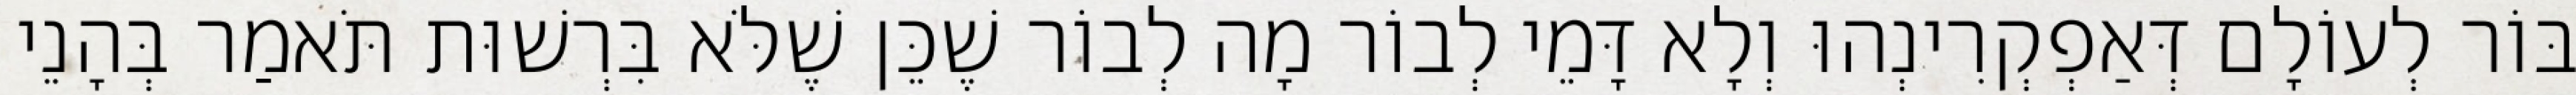
בּוֹר לְעוֹלָם דְּאַפְקְרִינְהוּ וְלָא דָּמֵי לְבוֹר מָה לְבוֹר שֶׁכֵּן שֶׁלֹּא בִּרְשׁוּת תֹּאמַר בְּהָנֵי